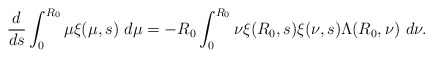
\begin{align*}\frac{d}{ds}\int_{0}^{R_{0}}\mu\xi(\mu,s)\ d\mu=-R_{0}\int_{0}^{R_{0}}\nu\xi(R_{0},s)\xi(\nu,s)\Lambda(R_{0}, \nu)\ d\nu.\end{align*}